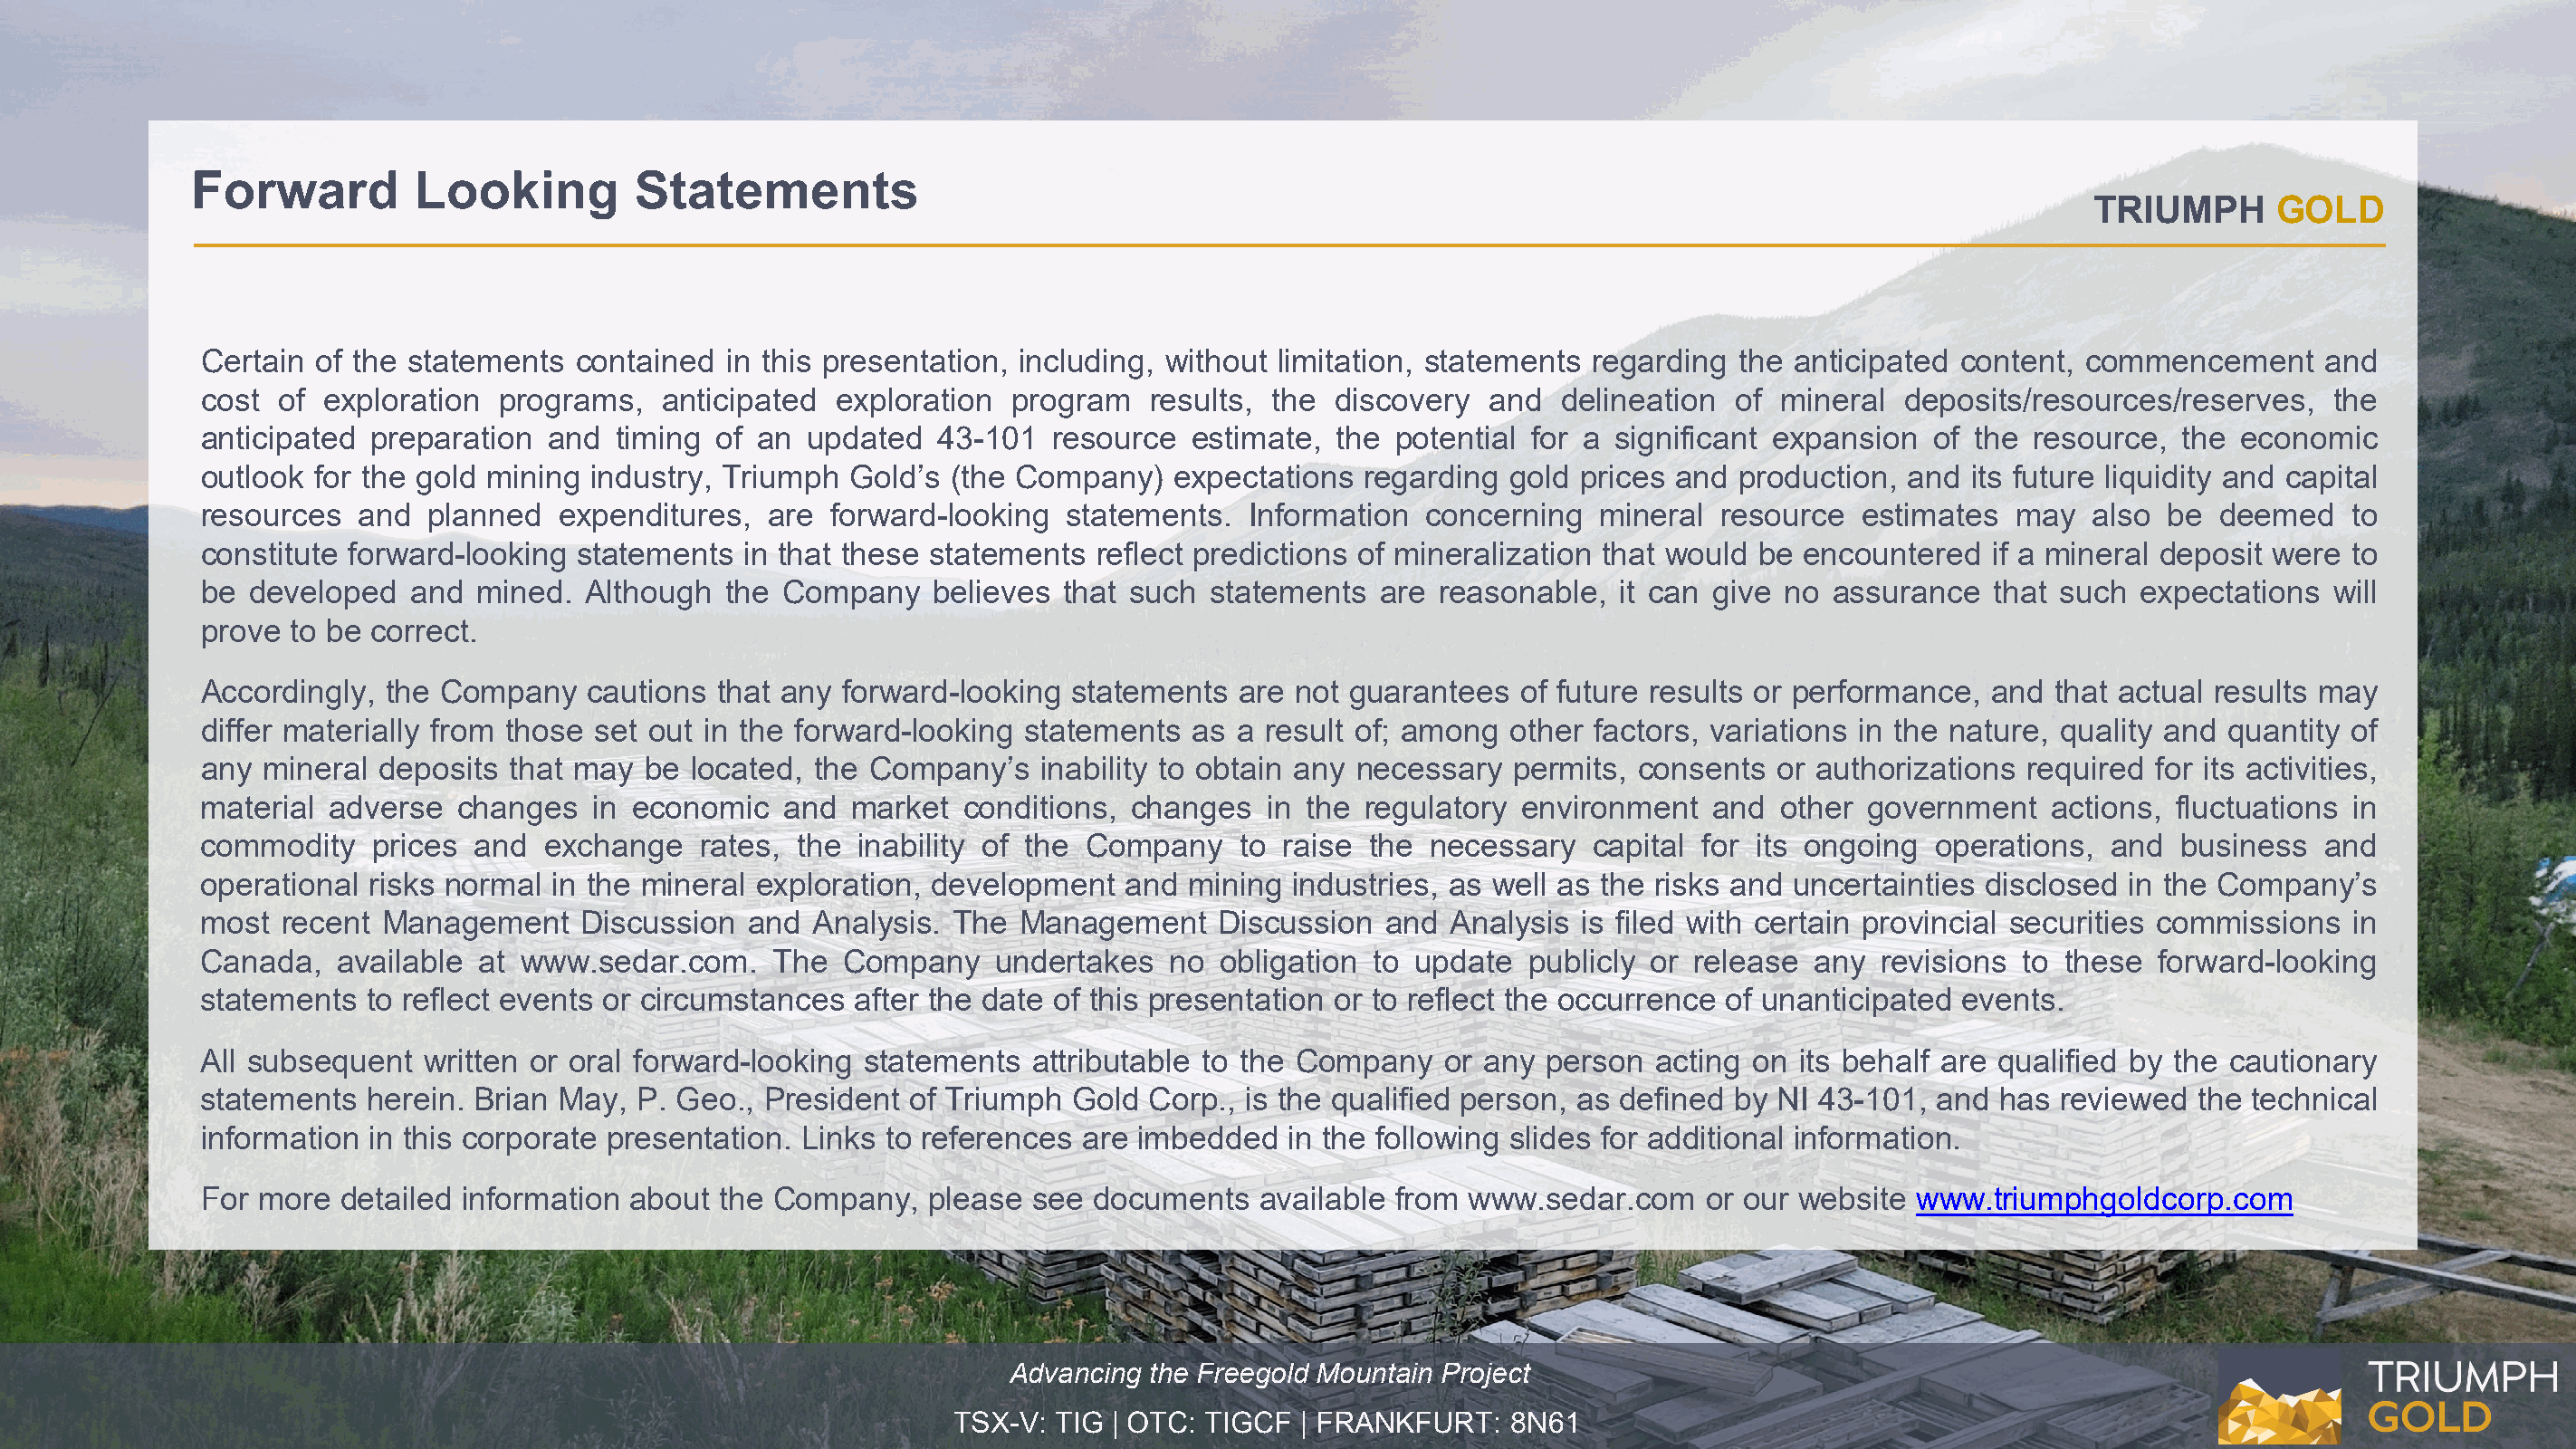
Forward         Looking         Statements
 TRIUMPH      GOLD
 Certain of the statements  contained  in this presentation, including, without limitation, statements regarding the anticipated content, commencement      and
 cost of  exploration programs,   anticipated  exploration  program   results, the  discovery  and  delineation  of mineral  deposits/resources/reserves,    the
 anticipated preparation  and  timing of an  updated   43-101  resource  estimate,  the potential for a significant expansion  of the  resource, the  economic
 outlook for the gold mining industry, Triumph  Gold’s (the Company)    expectations  regarding gold prices and  production, and  its future liquidity and capital
 resources  and  planned   expenditures,  are  forward-looking  statements.  Information  concerning   mineral  resource  estimates  may   also be  deemed    to
 constitute forward-looking statements  in that these statements  reflect predictions of mineralization that would be encountered   if a mineral deposit were to
 be developed   and  mined.  Although  the Company    believes  that such statements   are reasonable,  it can give no  assurance   that such expectations   will
 prove to be correct.
 Accordingly, the Company    cautions that any  forward-looking statements   are not guarantees  of future results or performance,  and that actual results may
 differ materially from those set out in the forward-looking statements  as a result of; among  other  factors, variations in the nature, quality and quantity of
 any mineral  deposits that may  be located,  the Company’s   inability to obtain any necessary  permits, consents  or authorizations required  for its activities,
 material adverse  changes   in economic   and  market  conditions,  changes   in the regulatory environment   and  other  government   actions, fluctuations in
 commodity   prices  and  exchange   rates, the  inability of the Company    to raise the  necessary  capital for its ongoing  operations,  and  business   and
 operational risks normal in the mineral exploration, development   and  mining industries, as well as the risks and uncertainties disclosed  in the Company’s
 most  recent Management    Discussion   and Analysis.  The  Management    Discussion  and  Analysis  is filed with certain provincial securities commissions in
 Canada,   available at www.sedar.com.    The   Company    undertakes  no  obligation to update   publicly or release  any revisions  to these  forward-looking
 statements  to reflect events or circumstances after the date of this presentation or to reflect the occurrence of unanticipated events.
 All subsequent  written or oral forward-looking statements  attributable to the Company    or any person  acting on  its behalf are qualified by the cautionary
 statements  herein. Brian May,  P. Geo., President of Triumph  Gold  Corp., is the qualified person, as defined by NI 43-101,  and has  reviewed  the technical
 information in this corporate presentation. Links to references are imbedded   in the following slides for additional information.
 For more  detailed information about  the Company,   please see  documents   available from www.sedar.com     or our website www.triumphgoldcorp.com
 Advancing the Freegold Mountain Project
 TSX-V: TIG | OTC: TIGCF  | FRANKFURT:   8N61